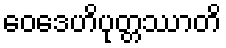
ဝေဒေဟိပုတ္တဿာတိ